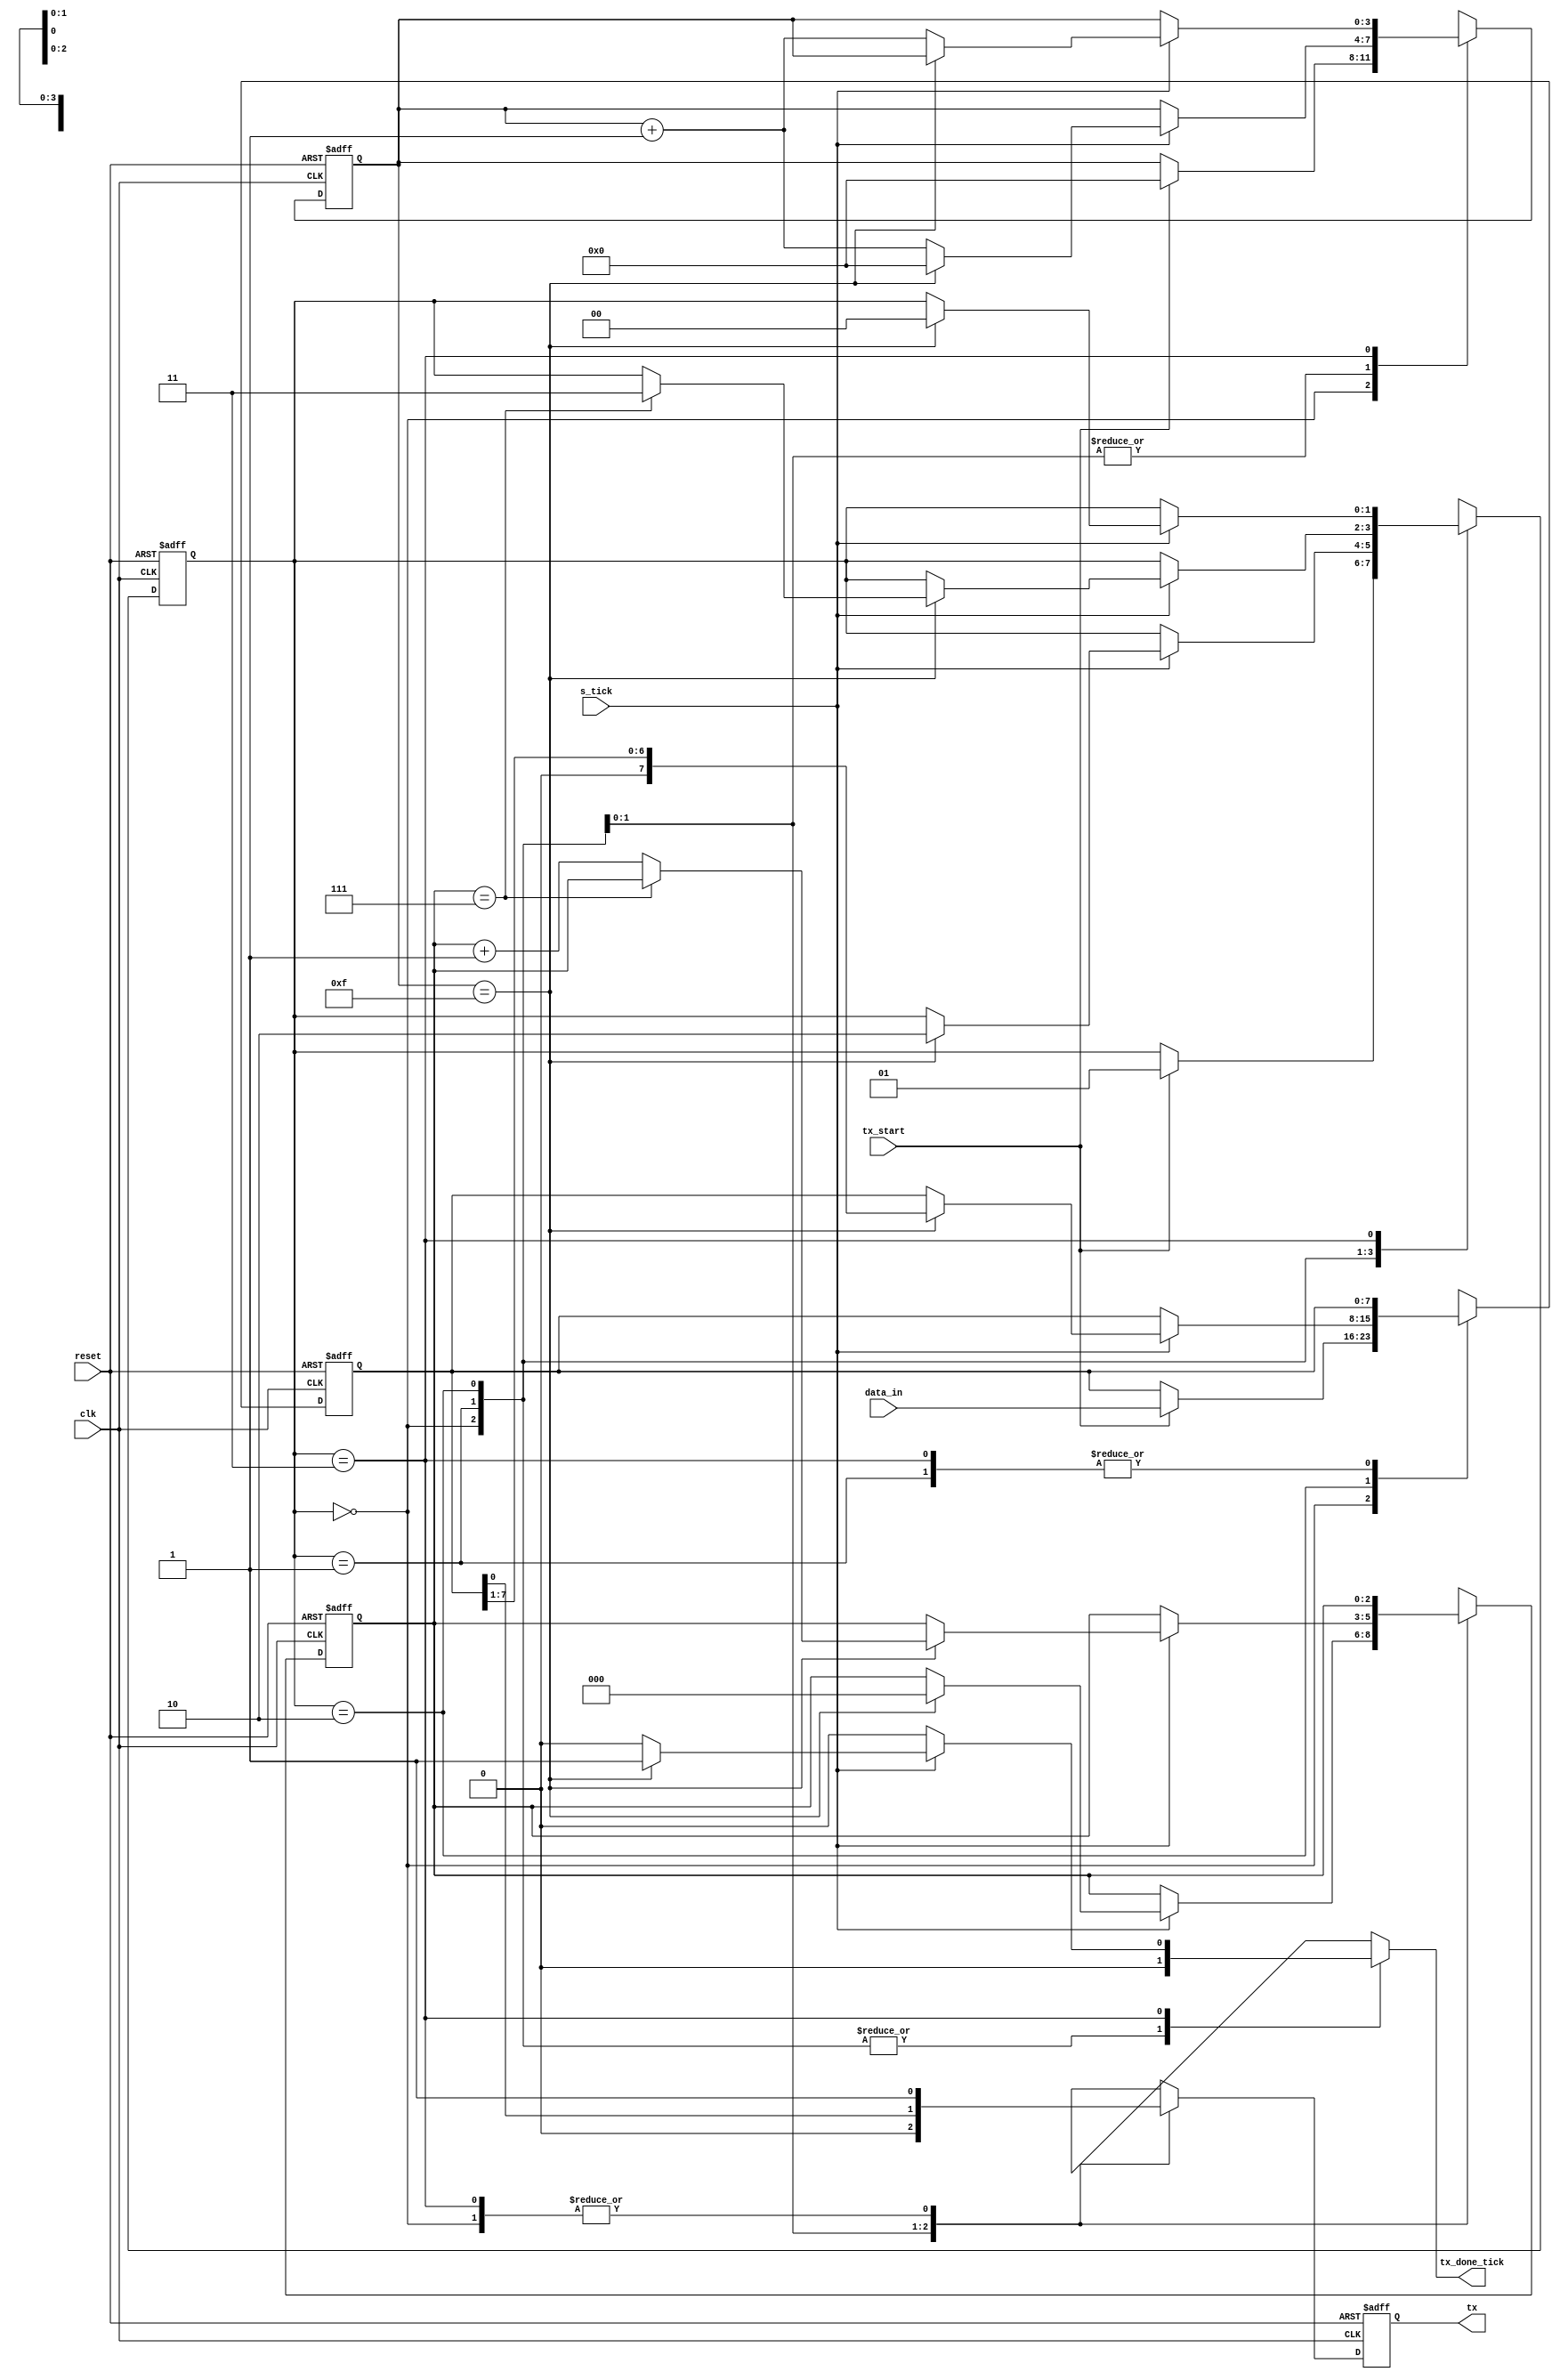
module tx_3
  #(
    parameter DBIT = 8,        
              SB_TICK = 16     
  )
  (
    input wire clk, reset,
    input wire tx_start, s_tick,
    input wire [DBIT-1:0] data_in,
    output reg tx_done_tick,
    output wire tx
  );
  localparam [1:0]
      idle  = 2'b00,
      start = 2'b01,
      data  = 2'b10,
      stop  = 2'b11;
  reg [1:0] state_reg, state_next;
  reg [3:0] s_reg, s_next; 
  reg [2:0] n_reg, n_next; 
  reg [DBIT-1:0] b_reg, b_next;
  reg tx_reg, tx_next;     
  always @(posedge clk, posedge reset)
    if(reset)
		 begin
			state_reg <= idle;
			s_reg <= 0;
			n_reg <= 0;
			b_reg <= 0;
			tx_reg <= 1'b1;
		 end
    else
		 begin
			state_reg <= state_next;
			s_reg <= s_next;
			n_reg <= n_next;
			b_reg <= b_next;
			tx_reg <= tx_next;
		 end
  always @*
  begin
    state_next = state_reg;
    tx_done_tick = 1'b0;
    s_next = s_reg;
    n_next = n_reg;
    b_next = b_reg;
    tx_next = tx_reg;
    case (state_reg)
      idle:
      begin
        tx_next = 1'b1;
        if(tx_start)
        begin
          state_next = start;
          s_next = 0;
          b_next = data_in;
        end
      end
      start:
      begin
        tx_next = 1'b0;
        if(s_tick)
          if(s_reg == 15)
				 begin
					state_next = data;
					s_next = 0;
					n_next = 0;
				 end
          else
            s_next = s_reg + 4'b0001;
      end
      data:
      begin
        tx_next = b_reg[0];
        if(s_tick)
          if(s_reg == 15)
          begin
            s_next = 0;
            b_next = b_reg >> 1;
            if(n_reg == (DBIT - 1))
              state_next = stop;
            else
              n_next = n_reg + 3'b001;
          end
          else
            s_next = s_reg + 4'b0001;
      end     
      stop:
      begin
        tx_next = 1'b1;
        if(s_tick)
          if(s_reg == (SB_TICK - 1))
				 begin
					state_next = idle;
					tx_done_tick = 1'b1;
				 end
          else
            s_next = s_reg + 4'b0001;
      end
    endcase
  end
  assign tx = tx_reg;
endmodule